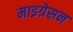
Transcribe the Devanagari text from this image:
माइग्रेसन